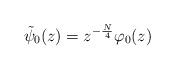
LaTeX: \begin{align*}\tilde{\psi}_0(z) = z^{- \frac N4} \varphi_0(z)\end{align*}